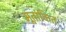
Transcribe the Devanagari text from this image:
मूतांकित